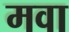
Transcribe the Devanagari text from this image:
मवा